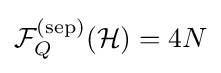
{\mathcal {F}}_{Q}^{({\rm {sep}})}({\mathcal {H}})=4N